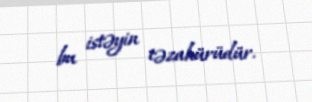
bu istəyin təzahürüdür.